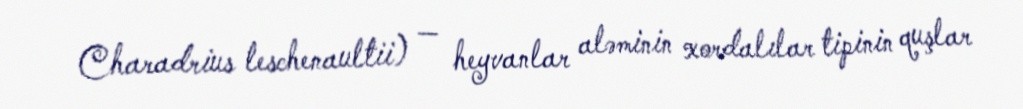
Charadrius leschenaultii) — heyvanlar aləminin xordalılar tipinin quşlar